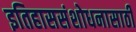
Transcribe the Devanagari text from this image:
इतिहाससंशोधनासाठी